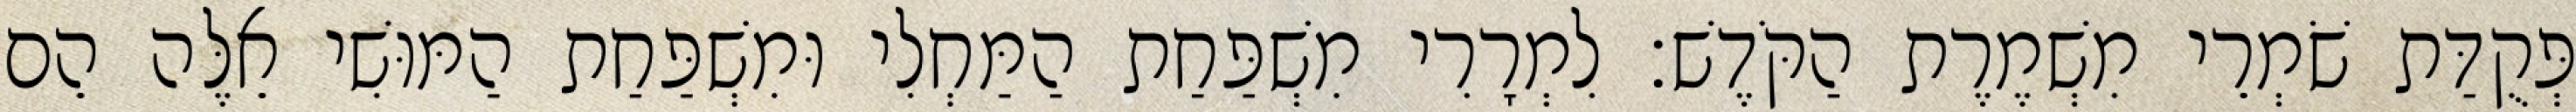
פְּקֻדַּת שֹׁמְרֵי מִשְׁמֶרֶת הַקֹּדֶשׁ׃ לִמְרָרִי מִשְׁפַּחַת הַמַּחְלִי וּמִשְׁפַּחַת הַמּוּשִׁי אֵלֶּה הֵם